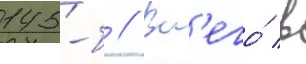
145-б // Вс'его́ в